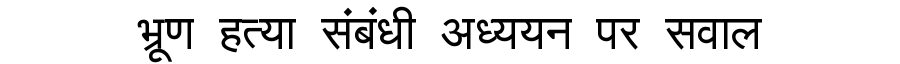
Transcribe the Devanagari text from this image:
भ्रूण हत्या संबंधी अध्ययन पर सवाल